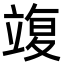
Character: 𥪚